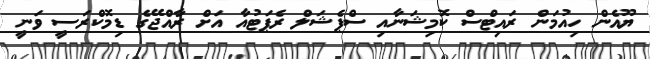
ޔޫއެން ހިއުމަން ރައިޓްސް ކޮމިޝަނާއި ސްޕެޝަލް ރެޕަޓުއާ އަށް ރާއްޖޭގެ ޑިމޮކްރަސީ ވަނީ